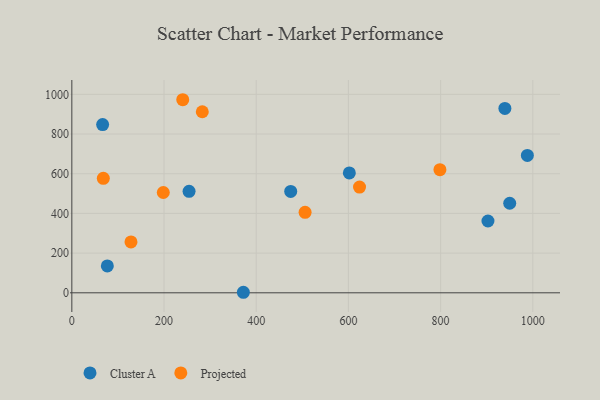
{"axis": {"x": "Ad Spend", "y": "Demand"}, "legend": ["Cluster A", "Projected"], "data": [{"x": "66.8", "y": 847.7, "type": "Cluster A"}, {"x": "988.2", "y": 692.1, "type": "Cluster A"}, {"x": "949.9", "y": 451.3, "type": "Cluster A"}, {"x": "602.0", "y": 603.8, "type": "Cluster A"}, {"x": "254.3", "y": 511.3, "type": "Cluster A"}, {"x": "77.0", "y": 135.3, "type": "Cluster A"}, {"x": "474.8", "y": 510.8, "type": "Cluster A"}, {"x": "939.4", "y": 929.1, "type": "Cluster A"}, {"x": "902.7", "y": 361.8, "type": "Cluster A"}, {"x": "372.1", "y": 2.7, "type": "Cluster A"}, {"x": "68.3", "y": 576.6, "type": "Projected"}, {"x": "128.3", "y": 256.5, "type": "Projected"}, {"x": "506.0", "y": 405.4, "type": "Projected"}, {"x": "624.1", "y": 532.6, "type": "Projected"}, {"x": "240.6", "y": 972.8, "type": "Projected"}, {"x": "198.4", "y": 505.3, "type": "Projected"}, {"x": "798.5", "y": 620.4, "type": "Projected"}, {"x": "283.0", "y": 912.3, "type": "Projected"}]}